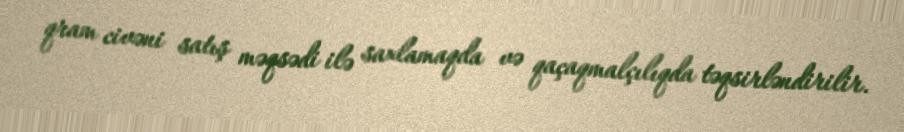
qram civəni satış məqsədi ilə saxlamaqda və qaçaqmalçılıqda təqsirləndirilir.